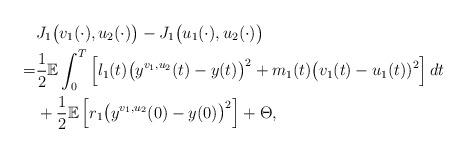
LaTeX: \begin{align*}& J_{1}\big(v_{1}(\cdot), u_{2}(\cdot)\big)- J_{1}\big(u_{1}(\cdot), u_{2}(\cdot)\big)\\=&\frac{1}{2} \mathbb{E}\int_{0}^{T}\left[l_{1}(t)\big (y^{v_{1}, u_{2}}(t)-y(t)\big)^{2}+m_{1}(t)\big (v_{1}(t)-u_{1}(t))^{2}\right]dt\\& +\frac{1}{2} \mathbb{E}\left[r_{1}\big (y^{v_{1}, u_{2}}(0)-y(0)\big)^{2}\right]+\Theta, \end{align*}